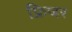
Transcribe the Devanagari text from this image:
फ्रिजर